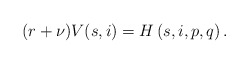
\begin{align*} (r+\nu)V(s,i)=H\left(s,i,p,q\right).\end{align*}